Annual statistical returns and brief notes on vaccination in Bengal - 1887-1898
Year: 1887
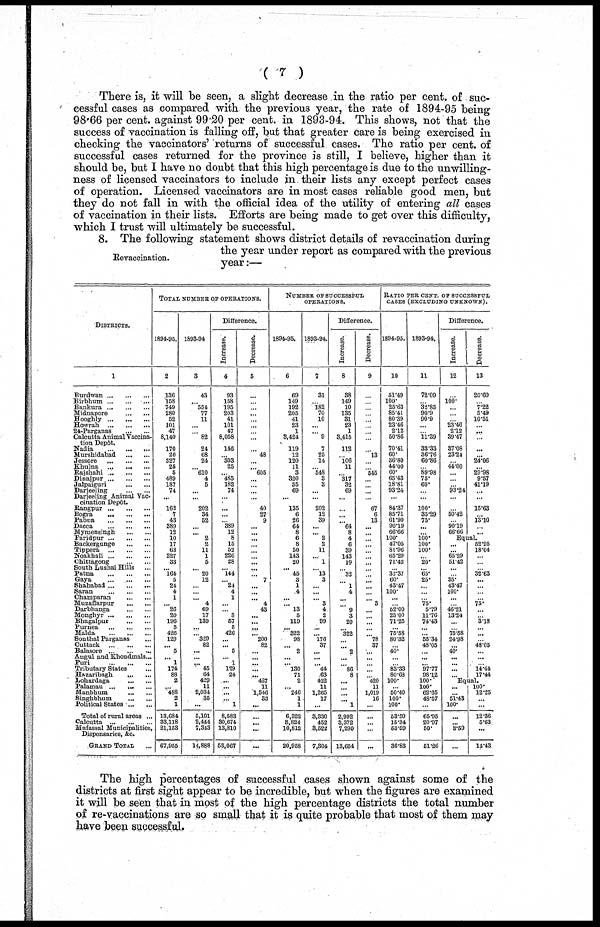
( 7 )
There is, it will be seen, a slight decrease in the ratio per cent. of suc-
cessful cases as compared with the previous year, the rate of 1894-95 being
98.66 per cent. against 99.20 per cent. in 1893-94. This shows, not that the
success of vaccination is falling off, but that greater care is being exercised in
checking the vaccinators' returns of successful cases. The ratio per cent. of
successful cases returned for the province is still, I believe, higher than it
should be, but I have no doubt that this high percentage is due to the unwilling-
ness of licensed vaccinators to include in their lists any except perfect cases
of operation. Licensed vaccinators are in most cases reliable good men, but
they do not fall in with the official idea of the utility of entering all cases
of vaccination in their lists. Efforts are being made to get over this difficulty,
which I trust will ultimately be successful.
Revaccination.
8. The following statement shows district details of revaccination during
the year under report as compared with the previous
year:—
DISTRICTS.
1
Burdwan ... ... ...
Birbhum ... ... ...
Bankura ...
...
...
Midnapore
...
...
Hooghly ... ... ...
Howrah
...
...
...
24-Parganas
...
...
Calcutta Animal Vaccina-
tion Depôt.
Nadia
...
...
...
Murshidabad
...
...
Jessore
...
...
...
Khulna
...
...
...
Rajshahi ... ... ...
Dinajpur ... ... ...
Jalpaiguri
...
...
Darjeeling
...
...
Darjeeling Animal Vac-
cination Depôt.
Rangpur ... ... ...
Bogra
...
...
...
Pabna
...
...
...
Dacca
...
...
...
Mymensingh
...
...
Faridpur ... ... ...
Backergunge
...
...
Tippera
...
...
...
Noakhali ... ... ...
Chittagong ... ... ...
South Lushai Hills ...
Patna
...
...
...
Gaya
...
...
...
Shahabad ... ... ...
Saran
...
...
...
Champaran ... ...
Muzaffarpur
...
...
Darbhanga
...
...
Monghyr ... ... ...
Bhagalpur
...
...
Purnea ... ... ...
Malda
...
...
...
Sonthal Parganas ...
Cuttack ... ... ...
Balasore ... ... ...
Angul and Khondmals ...
Puri
...
...
...
Tributary States ...
Hazaribagh ... ...
Lohardaga
...
...
Palamau ...
...
...
Manbhum
...
...
Singhbhum
...
...
Political States ... ...
Total of rural areas ...
Calcutta
...
...
...
Mufassal Municipalities,
Dispensaries, &c.
GRAND TOTAL ...
TOTAL NUMBER OF OPERATIONS.
1894-95.
2
136
158
749
280
52
101
47
8,140
170
20
327
25
5
489
187
74
...
162
7
43
389
12
10
17
63
227
33
...
164
5
24
4
1
... 26
20
196
5
426
129
... 5
...
1
174
88
2
... 488
2
1
13,684
33,118
21,153
67,955
1893-94
3
43
...
554
77
11
...
...
82
24
68
24
...
610
4
5
...
...
202
34
52
...
... 2
2
11
1
5
...
20
12
...
...
... 4
69
17
139
...
... 329
82
...
...
... 45
64
429
11
2,034
35
...
5,101
2,444
7,343
14,888
Difference.
Increase.
4
93
158
195
203
41
101
47
8,058
146
...
303
25
...
485
182
74
...
...
...
...
389
12
8
15
52
226
28
...
144
...
24
4
1
...
... 8
67
5
426
...
... 5
...
1
129
24
...
...
...
... 1
8,583
30,674
13,810
53,067
Decrease.
5
...
...
...
...
...
...
...
...
...
48
...
...
605
...
...
...
...
40
27
9
...
...
...
...
...
...
...
...
...
7
...
...
... 4
43
... ...
...
... 200
82
...
...
...
...
... 427
11
1,546
33
...
...
...
...
...
NUMBER OF SUCCESSFUL
OPERATIONS.
1894-95.
6
69
149
192
205
41
23
1
3,424
119
12
120
11
3
320
35
69
...
135
6
26
64
8
6
8
50
143
20
... 45
3
1
4
...
... 13
5
119
... 322
98
... 2
...
... 130
71
2
... 246
1
1
6,322
3,824
10,812
20,958
1893-94.
7
31
...
182
70
10
...
... 9
7
25
14
...
548
3
3
...
...
202
12
39
...
...
2
2
11
...
1
...
13
3
...
...
... 3
4
2
99
...
... 176
37
...
...
... 44
63
422
11
1,265
17
...
3,330
452
3,522
7,304
Difference.
Increase.
8
38
149
10
135
31
23
1
3,415
112
...
106 11
...
317
32
69
...
...
...
...
64
8
4
6
39
143
19
...
32
...
1
4
...
... 9
3
20
... 322
... ... 2
...
...
86 8
...
...
...
... 1
2,992
3,372
7,290
13,654
Decrease.
9
...
...
...
...
...
...
...
...
...
13
...
...
545
...
...
...
...
67
6
13
...
...
...
...
...
...
...
...
...
...
...
...
... 3
...
... ...
...
... 78
37
... ...
...
...
... 420
11
1,019
16
...
...
...
...
...
RATIO PER CENT. OF SUCCESSFUL
CASES (EXCLUDING UNKNOWN).
1894-95.
10
51.49
100.
25.63
85.41
80.39
23.46
2.12
50.86
70.41
60.
36.80
44.00
60.
65.43
18.81
93.24
...
84.37
85.71
61.90
90.19
66.66
100.
47.05
81.96
65.29
71.42
...
32.37
60.
43.47
100.
...
... 52.00
25.00
71.25
... 75.58
80.32
... 40
...
... 83.33
80.63
100.
... 50.40
100.
100.
53.59
15.34
53.59
36.83
1893-94.
11
72.09
...
32.85
90.9
90.9
...
...
11.39
33.33
36.76
60.86
...
89.98
75.
60.
...
...
100.
35.29
75.
...
...
100.
100.
100.
...
20.
...
65.
25.
...
...
... 75.
5.79
11.76
74.43
...
... 55.34
48.05
...
...
... 97.77
98.12
100.
100.
62.65
48.57
...
65.95
20.97
50.
51.26
Difference.
Increase.
12
...
100.
...
...
...
23.46
2.12
39.47
37.08
23.24
...
44.00
...
...
...
93.24
...
...
50.42
...
90.19
66.66
Decrease.
13
20.60
...
7.22
5.49
10.51
...
...
...
...
...
24.06
...
29.98
9.57
41.19
...
...
15.63
...
13.10
...
...
Equal.
...
...
65.29
51.42
...
...
35.
43.47
100.
...
... 46.21
13.24
...
... 75.58
24.98
...
40.
...
...
...
...
52.95
18.04
...
...
...
32.63
...
...
...
... 75.
...
... 3.18
...
...
... 48.05
...
...
... 14.44
17.44
Equal.
...
... 51.43
100.
...
... 3.59
...
100.
12.25
...
...
12.36
5.63
...
14.43
The high percentages of successful cases shown against some of the
districts at first sight appear to be incredible, but when the figures are examined
it will be seen that in most of the high percentage districts the total number
of re-vaccinations are so small that it is quite probable that most of them may
have been successful.